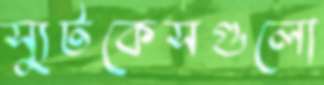
স্যুটকেসগুলো